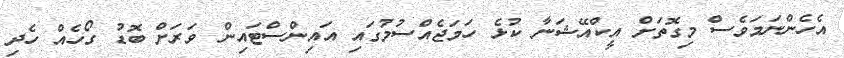
އެހެންނަމަވެސް މިގޮތަށް އީކްއޭޝަނާ ކުޅެ ހަމަޖެއްސުމުގައި އައިންސްޓައިން ވަރަށް ބޮޑު ގޯހެއް ހެދި